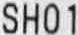
SH01